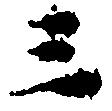
三